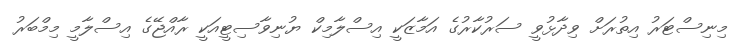
މިނިސްޓަރު އިތުރަށް ވިދާޅުވީ ސަރުކާރުގެ އަމާޒަކީ އިސްލާމިކް ޔުނިވާސިޓީއަކީ ރާއްޖޭގެ އިސްލާމީ މިމްބަރު